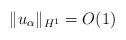
LaTeX: \begin{align*}\|u_\alpha\|_{H^1}=O(1)\end{align*}